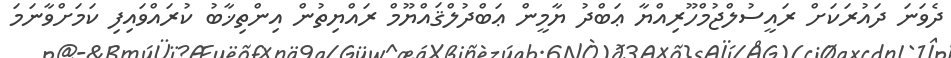
ދެވަނަ ދައުރަކަށް ރައީސުލްޖުމްހޫރިއްޔާ ޢަބްދު ޔާމީން ޢަބްދުލްޤައްޔޫމް ރައްޔިތުން އިންތިޚާބު ކުރައްވައިފި ކަމަށްވާނަމަ